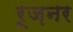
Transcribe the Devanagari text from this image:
रूज़नर